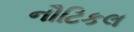
નૌટિકલ